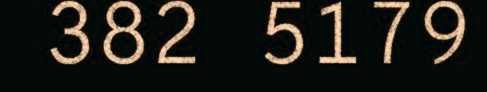
382 5179